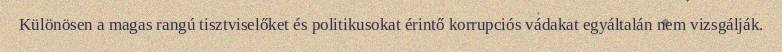
Különösen a magas rangú tisztviselőket és politikusokat érintő korrupciós vádakat egyáltalán nem vizsgálják.